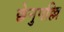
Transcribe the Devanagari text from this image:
छेनुपल्लि